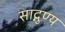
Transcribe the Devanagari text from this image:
साद्गुण्य